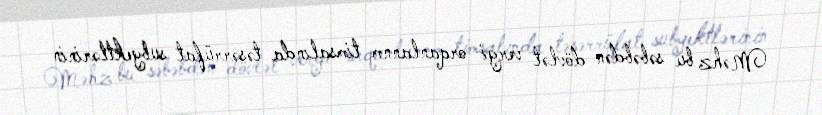
Məhz bu səbəbdən dövlət vergi orqanlannm timsalında təsərrüfat subyektlərinin